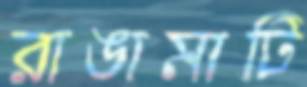
রাঙামাটি